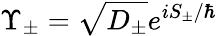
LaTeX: \Upsilon_{\pm}=\sqrt{D_{\pm}}e^{iS_{\pm}/\hbar}